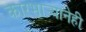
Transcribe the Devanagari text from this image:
कारभार्‍यानेही